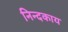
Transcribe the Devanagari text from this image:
निन्दकाय